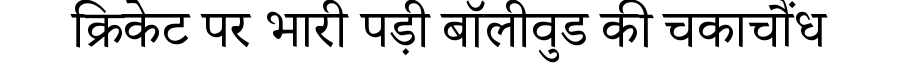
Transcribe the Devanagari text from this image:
क्रिकेट पर भारी पड़ी बॉलीवुड की चकाचौंध